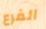
الفرع